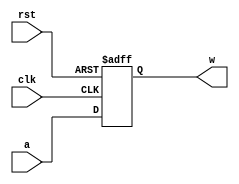
`timescale 1ns/1ns
module PC(input clk, rst, input[31:0] a, output reg[31:0] w);
  //initial begin
    //w=32'b00000000000000000000000000000000;
	always@(posedge clk, posedge rst) begin
		if(rst)
			w = 32'b00000000000000000000000000000000;
		else
			w <= a;
	end
endmodule